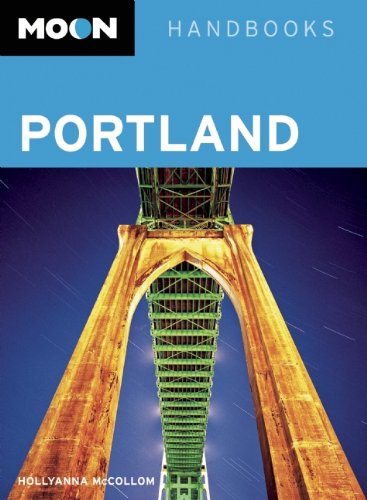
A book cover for Moon Portland (Moon Handbooks); Hollyanna McCollom; Travel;